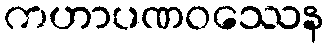
ကဟာပဏဝဿေန